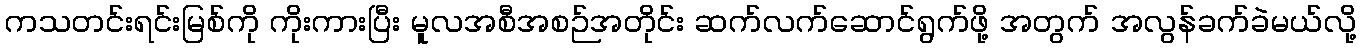
ကသတင်းရင်းမြစ်ကို ကိုးကားပြီး မူလအစီအစဉ်အတိုင်း ဆက်လက်ဆောင်ရွက်ဖို့ အတွက် အလွန်ခက်ခဲမယ်လို့